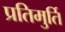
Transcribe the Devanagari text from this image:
प्रतिमुर्ति